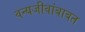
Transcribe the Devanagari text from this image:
वन्यजीवांबाबत